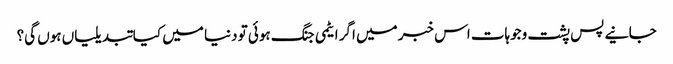
جانیے پس پشت وجوہات اس خبر میں اگر ایٹمی جنگ ہوئی تو دنیا میں کیا تبدیلیاں ہوں گی؟